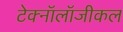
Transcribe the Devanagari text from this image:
टेक्नॉलॉजीकल